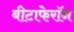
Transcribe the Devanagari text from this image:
बीटाफेरॉन